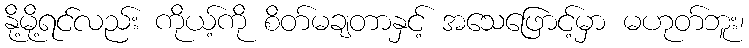
နို့မို့ရင်လည်း ကိုယ့်ကို စိတ်မချတာနှင့် အသေဖြောင့်မှာ မဟုတ်ဘူး၊